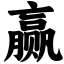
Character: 赢